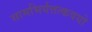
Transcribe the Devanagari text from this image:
सामभिर्यत्तत्कवयो